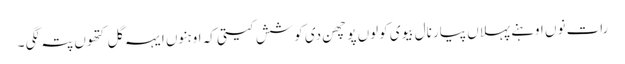
رات نوں اوہنے پہلاں پیار نال بیوی کولوں پوچھن دی کوشش کیتی کہ اوہنوں ایہہ گل کتھوں پتہ لگی ۔